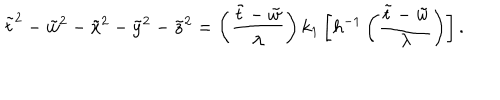
\tilde { t } ^ { 2 } - \tilde { w } ^ { 2 } - \tilde { x } ^ { 2 } - \tilde { y } ^ { 2 } - \tilde { z } ^ { 2 } = \left( \frac { \tilde { t } - \tilde { w } } { \lambda } \right) k _ { 1 } \left[ h ^ { - 1 } \left( \frac { \tilde { t } - \tilde { w } } { \lambda } \right) \right] .